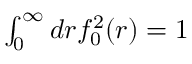
\begin{array} { r } { \int _ { 0 } ^ { \infty } d r f _ { 0 } ^ { 2 } ( r ) = 1 } \end{array}